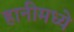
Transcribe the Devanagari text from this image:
हानीमध्ये